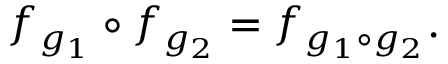
f _ { g _ { 1 } } \circ f _ { g _ { 2 } } = f _ { g _ { 1 } \circ g _ { 2 } } .